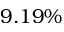
9 . 1 9 \%